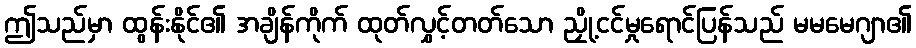
ဤသည်မှာ ထွန်းနိုင်၏ အချိန်ကိုက် ထုတ်လွှင့်တတ်သော ညှို့ငင်မှုရောင်ပြန်သည် မမမေဂျာ၏